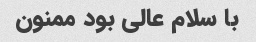
با سلام عالی بود ممنون